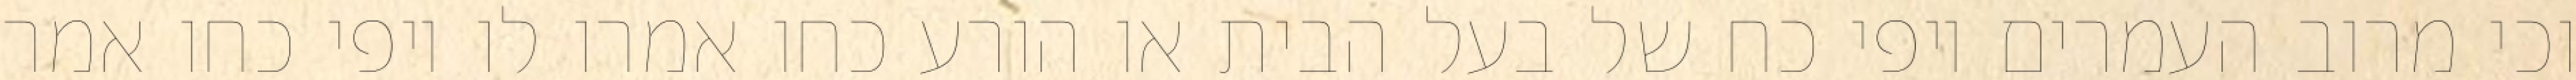
וכי מרוב העמרים יופי כח של בעל הבית או הורע כחו אמרו לו יופי כחו אמר